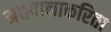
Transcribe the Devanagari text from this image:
मद्यपानाकरिता